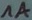
Text: 1A